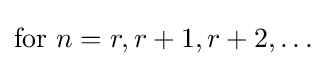
{\text{for }}n=r,r+1,r+2,\dotsc